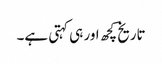
تاریخ کچھ اور ہی کہتی ہے۔